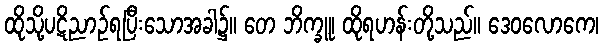
ထိုသို့ပဋိညာဉ်ရပြီးသောအခါ၌။ တေ ဘိက္ခူ၊ ထိုရဟန်းတို့သည်။ ဒေဝလောကေ၊